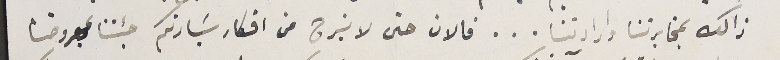
ذالك بمخابرتنا وارادتنا... فالان حتى لا نبرح من افكار سَيادتكم جئنا بمعروضنا